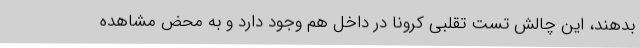
بدهند، این چالش تست تقلبی کرونا در داخل هم وجود دارد و به محض مشاهده